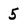
Character: 5